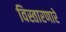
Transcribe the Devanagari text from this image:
विस्तारणारे